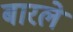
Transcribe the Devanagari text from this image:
बारले